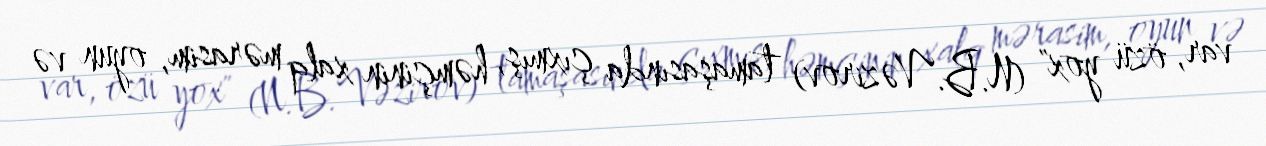
var, özü yox" (N.B.Vəzirov) tamaşasında çıxmış, həmçinin xalq mərasim, oyun və